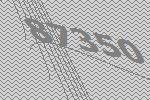
87350